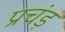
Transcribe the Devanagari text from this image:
प्रचंड़